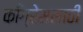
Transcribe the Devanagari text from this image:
काँग्रेससाठी